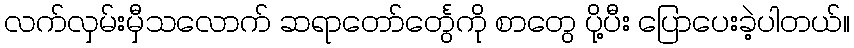
လက်လှမ်းမှီသလောက် ဆရာတော်င်္တွေကို စာတွေ ပို့ပီး ပြောပေးခဲ့ပါတယ်။